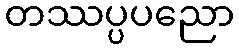
တဿပ္ပပညော